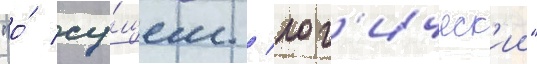
"о́ су́щем / лог'ическ'ии"